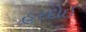
હરદોઈ